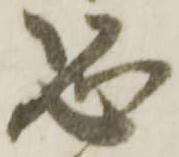
恐